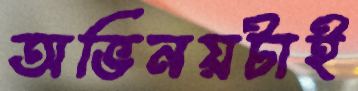
অভিনয়টাই